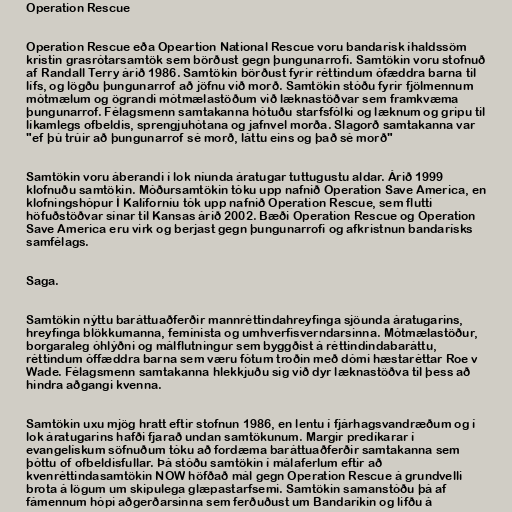
Operation Rescue

Operation Rescue eða Opeartion National Rescue voru bandarísk íhaldssöm
kristin grasrótarsamtök sem börðust gegn þungunarrofi. Samtökin voru stofnuð
af Randall Terry árið 1986. Samtökin börðust fyrir réttindum ófæddra barna til
lífs, og lögðu þungunarrof að jöfnu við morð. Samtökin stóðu fyrir fjölmennum
mótmælum og ögrandi mótmælastöðum við læknastöðvar sem framkvæma
þungunarrof. Félagsmenn samtakanna hótuðu starfsfólki og læknum og gripu til
líkamlegs ofbeldis, sprengjuhótana og jafnvel morða. Slagorð samtakanna var
"ef þú trúir að þungunarrof sé morð, láttu eins og það sé morð"

Samtökin voru áberandi í lok níunda áratugar tuttugustu aldar. Árið 1999
klofnuðu samtökin. Móðursamtökin tóku upp nafnið Operation Save America, en
klofningshópur Í Kalíforníu tók upp nafnið Operation Rescue, sem flutti
höfuðstöðvar sínar til Kansas árið 2002. Bæði Operation Rescue og Operation
Save America eru virk og berjast gegn þungunarrofi og afkristnun bandarísks
samfélags.

Saga.

Samtökin nýttu baráttuaðferðir mannréttindahreyfinga sjöunda áratugarins,
hreyfinga blökkumanna, femínista og umhverfisverndarsinna. Mótmælastöður,
borgaraleg óhlýðni og málflutningur sem byggðist á réttindindabaráttu,
réttindum óffæddra barna sem væru fótum troðin með dómi hæstaréttar Roe v
Wade. Félagsmenn samtakanna hlekkjuðu sig við dyr læknastöðva til þess að
hindra aðgangi kvenna.

Samtökin uxu mjög hratt eftir stofnun 1986, en lentu í fjárhagsvandræðum og í
lok áratugarins hafði fjarað undan samtökunum. Margir predíkarar í
evangelískum söfnuðum tóku að fordæma baráttuaðferðir samtakanna sem
þóttu of ofbeldisfullar. Þá stóðu samtökin í málaferlum eftir að
kvenréttindasamtökin NOW höfðað mál gegn Operation Rescue á grundvelli
brota á lögum um skipulega glæpastarfsemi. Samtökin samanstóðu þá af
fámennum hópi aðgerðarsinna sem ferðuðust um Bandaríkin og lifðu á